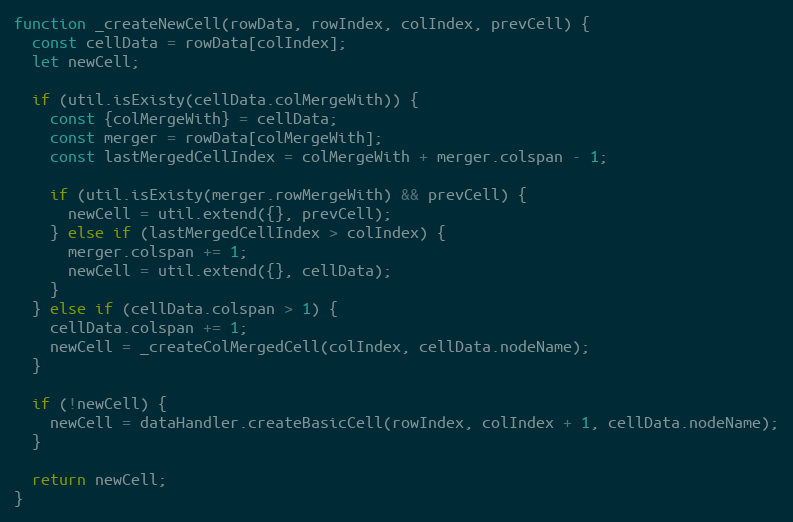
Language: JavaScript
function _createNewCell(rowData, rowIndex, colIndex, prevCell) {
  const cellData = rowData[colIndex];
  let newCell;

  if (util.isExisty(cellData.colMergeWith)) {
    const {colMergeWith} = cellData;
    const merger = rowData[colMergeWith];
    const lastMergedCellIndex = colMergeWith + merger.colspan - 1;

    if (util.isExisty(merger.rowMergeWith) && prevCell) {
      newCell = util.extend({}, prevCell);
    } else if (lastMergedCellIndex > colIndex) {
      merger.colspan += 1;
      newCell = util.extend({}, cellData);
    }
  } else if (cellData.colspan > 1) {
    cellData.colspan += 1;
    newCell = _createColMergedCell(colIndex, cellData.nodeName);
  }

  if (!newCell) {
    newCell = dataHandler.createBasicCell(rowIndex, colIndex + 1, cellData.nodeName);
  }

  return newCell;
}